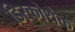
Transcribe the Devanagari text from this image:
डिस्कोथैक